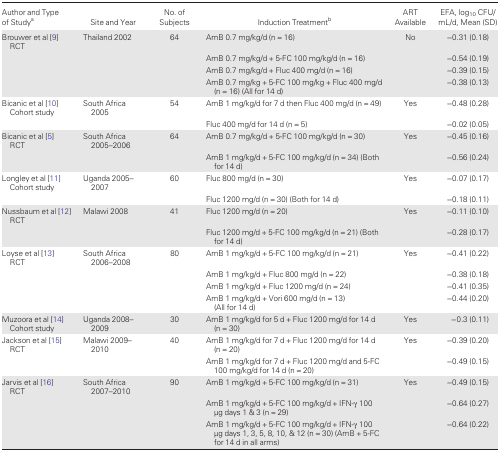
<table><thead><tr><td><b>Author and Type of Study<sup>a</sup></b></td><td><b>Site and Year</b></td><td><b>No. of Subjects</b></td><td><b>Induction Treatment<sup>b</sup></b></td><td><b>ART Available</b></td><td><b>EFA, log<sub>10</sub> CFU/mL/d, Mean (SD)</b></td></tr></thead><tbody><tr><td>Brouwer et al [9] RCT</td><td>Thailand 2002</td><td>64</td><td>AmB 0.7 mg/kg/d (n = 16)</td><td>No</td><td>−0.31 (0.18)</td></tr><tr><td></td><td></td><td></td><td>AmB 0.7 mg/kg/d + 5-FC 100 mg/kg/d (n = 16)</td><td></td><td>−0.54 (0.19)</td></tr><tr><td></td><td></td><td></td><td>AmB 0.7 mg/kg/d + Fluc 400 mg/d (n = 16)</td><td></td><td>−0.39 (0.15)</td></tr><tr><td></td><td></td><td></td><td>AmB 0.7 mg/kg + 5-FC 100 mg/kg + Fluc 400 mg/d (n = 16) (All for 14 d)</td><td></td><td>−0.38 (0.13)</td></tr><tr><td>Bicanic et al [10] Cohort study</td><td>South Africa 2005</td><td>54</td><td>AmB 1 mg/kg/d for 7 d then Fluc 400 mg/d (n = 49)</td><td>Yes</td><td>−0.48 (0.28)</td></tr><tr><td></td><td></td><td></td><td>Fluc 400 mg/d for 14 d (n = 5)</td><td></td><td>−0.02 (0.05)</td></tr><tr><td>Bicanic et al [5] RCT</td><td>South Africa 2005–2006</td><td>64</td><td>AmB 0.7 mg/kg/d + 5-FC 100 mg/kg/d (n = 30)</td><td>Yes</td><td>−0.45 (0.16)</td></tr><tr><td></td><td></td><td></td><td>AmB 1 mg/kg/d + 5-FC 100 mg/kg/d (n = 34) (Both for 14 d)</td><td></td><td>−0.56 (0.24)</td></tr><tr><td>Longley et al [11] Cohort study</td><td>Uganda 2005–2007</td><td>60</td><td>Fluc 800 mg/d (n = 30)</td><td>Yes</td><td>−0.07 (0.17)</td></tr><tr><td></td><td></td><td></td><td>Fluc 1200 mg/d (n = 30) (Both for 14 d)</td><td></td><td>−0.18 (0.11)</td></tr><tr><td>Nussbaum et al [12] RCT</td><td>Malawi 2008</td><td>41</td><td>Fluc 1200 mg/d (n = 20)</td><td>Yes</td><td>−0.11 (0.10)</td></tr><tr><td></td><td></td><td></td><td>Fluc 1200 mg/d + 5-FC 100 mg/kg/d (n = 21) (Both for 14 d)</td><td></td><td>−0.28 (0.17)</td></tr><tr><td>Loyse et al [13] RCT</td><td>South Africa 2006–2008</td><td>80</td><td>AmB 1 mg/kg/d + 5-FC 100 mg/kg/d (n = 21)</td><td>Yes</td><td>−0.41 (0.22)</td></tr><tr><td></td><td></td><td></td><td>AmB 1 mg/kg/d + Fluc 800 mg/d (n = 22)</td><td></td><td>−0.38 (0.18)</td></tr><tr><td></td><td></td><td></td><td>AmB 1 mg/kg/d + Fluc 1200 mg/d (n = 24)</td><td></td><td>−0.41 (0.35)</td></tr><tr><td></td><td></td><td></td><td>AmB 1 mg/kg/d + Vori 600 mg/d (n = 13)(All for 14 d)</td><td></td><td>−0.44 (0.20)</td></tr><tr><td>Muzoora et al [14] Cohort study</td><td>Uganda 2008–2009</td><td>30</td><td>AmB 1 mg/kg/d for 5 d + Fluc 1200 mg/d for 14 d (n = 30)</td><td>Yes</td><td>−0.3 (0.11)</td></tr><tr><td>Jackson et al [15] RCT</td><td>Malawi 2009–2010</td><td>40</td><td>AmB 1 mg/kg/d for 7 d + Fluc 1200 mg/d for 14 d (n = 20)</td><td>Yes</td><td>−0.39 (0.20)</td></tr><tr><td></td><td></td><td></td><td>AmB 1 mg/kg/d for 7 d + Fluc 1200 mg/d and 5-FC 100 mg/kg/d for 14 d (n = 20)</td><td></td><td>−0.49 (0.15)</td></tr><tr><td>Jarvis et al [16] RCT</td><td>South Africa 2007–2010</td><td>90</td><td>AmB 1 mg/kg/d + 5-FC 100 mg/kg/d (n = 31)</td><td>Yes</td><td>−0.49 (0.15)</td></tr><tr><td></td><td></td><td></td><td>AmB 1 mg/kg/d + 5-FC 100 mg/kg/d + IFN-γ 100 μg days 1 &amp; 3 (n = 29)</td><td></td><td>−0.64 (0.27)</td></tr><tr><td></td><td></td><td></td><td>AmB 1 mg/kg/d + 5-FC 100 mg/kg/d + IFN-γ 100 μg days 1, 3, 5, 8, 10, &amp; 12 (n = 30) (AmB + 5-FC for 14 d in all arms)</td><td></td><td>−0.64 (0.22)</td></tr></tbody></table>